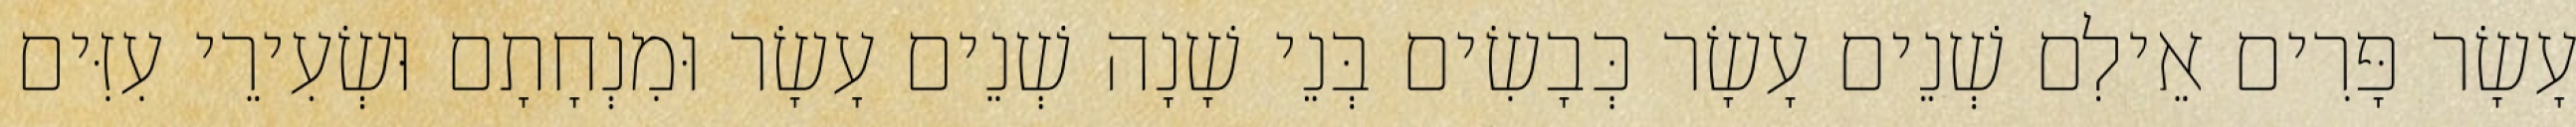
עָשָׂר פָּרִים אֵילִם שְׁנֵים עָשָׂר כְּבָשִׂים בְּנֵי שָׁנָה שְׁנֵים עָשָׂר וּמִנְחָתָם וּשְׂעִירֵי עִזִּים